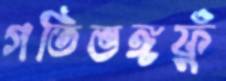
গতিভঙ্গফুঁ